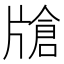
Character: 𱭟